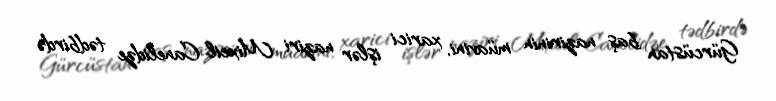
Gürcüstan baş nazirinin müavini, xarici işlər naziri Mixeil Canelidze tədbirdə